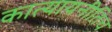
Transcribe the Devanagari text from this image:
कात्यायनीतिच